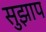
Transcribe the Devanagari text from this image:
सुझाप